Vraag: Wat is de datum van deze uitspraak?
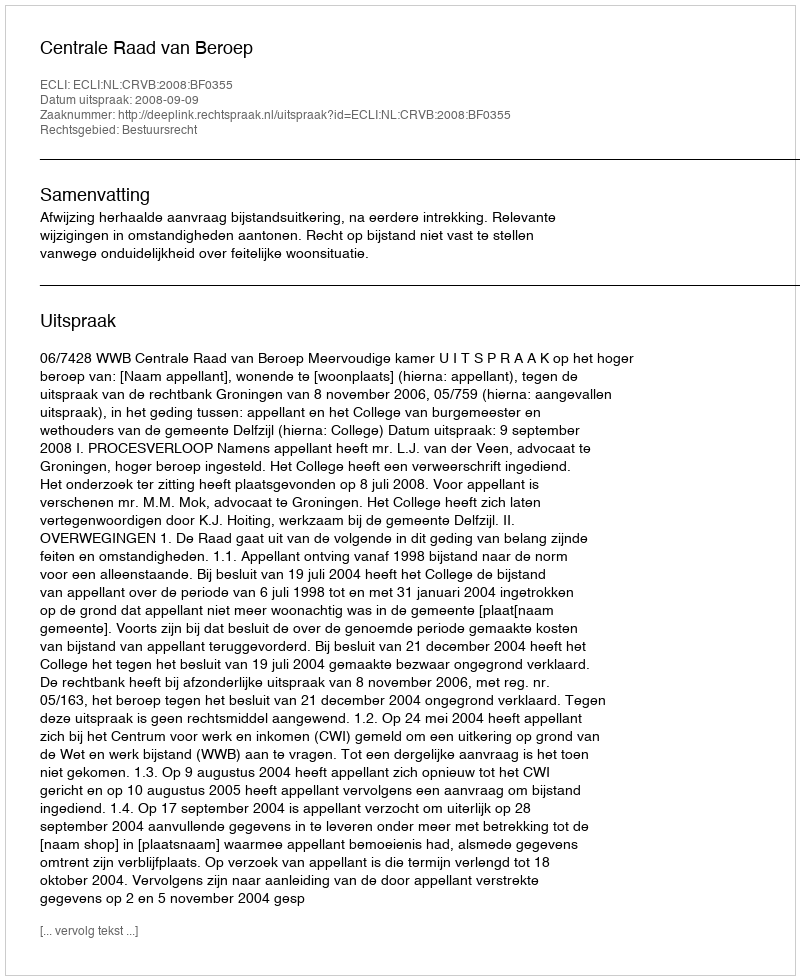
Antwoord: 2008-09-09